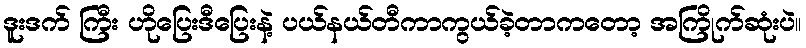
ဒူးဒက် ကြီး ဟိုပြေးဒီပြေးနဲ့ ပယ်နယ်တီကာကွယ်ခဲ့တာကတော့ အကြိုက်ဆုံးပဲ။